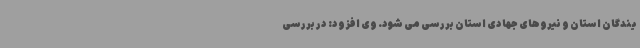
یندگان استان و نیروهای جهادی استان بررسی می شود. وی افزود: در بررسی